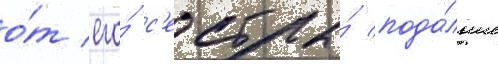
о́т его́ с'естры́ пода́льше